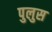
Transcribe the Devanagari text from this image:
पुलुस